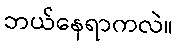
ဘယ်နေရာကလဲ။